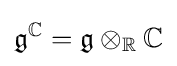
{\mathfrak {g}}^{\mathbb {C} }={\mathfrak {g}}\otimes _{\mathbb {R} }\mathbb {C}